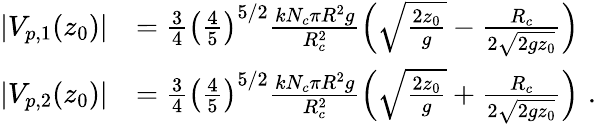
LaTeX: \begin{array}{rl}{|V_{p,1}(z_{0})|}&{=\frac{3}{4}\left(\frac{4}{5}\right)^{5/2}\frac{kN_{c}\pi R^{2}g}{R_{c}^{2}}\left(\sqrt{\frac{2z_{0}}{g}}-\frac{R_{c}}{2\sqrt{2gz_{0}}}\right)}\\ {|V_{p,2}(z_{0})|}&{=\frac{3}{4}\left(\frac{4}{5}\right)^{5/2}\frac{kN_{c}\pi R^{2}g}{R_{c}^{2}}\left(\sqrt{\frac{2z_{0}}{g}}+\frac{R_{c}}{2\sqrt{2gz_{0}}}\right)\, \, .}\end{array}